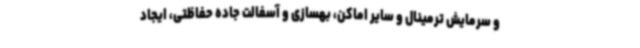
و سرمایش ترمینال و سایر اماکن، بهسازی و آسفالت جاده حفاظتی، ایجاد